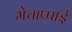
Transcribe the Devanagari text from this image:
मेचाप्पाई